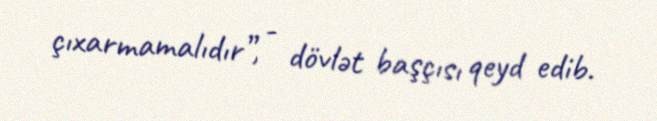
çıxarmamalıdır”, - dövlət başçısı qeyd edib.